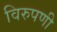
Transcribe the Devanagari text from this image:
विरुपणी